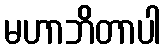
မဟာဘိတာပါ